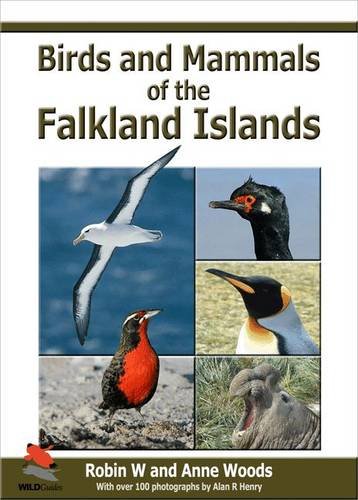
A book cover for Birds and Mammals of the Falkland Islands (WILDGuides); Robin Woods; Travel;